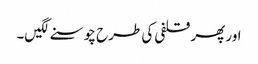
اور پھر قلفی کی طرح چوسنے لگیں۔